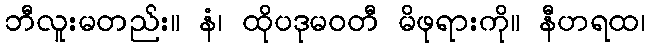
ဘီလူးမတည်း။ နံ၊ ထိုပဒုမဝတီ မိဖုရားကို။ နီဟရထ၊